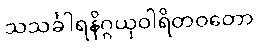
သသင်္ခါရနိဂ္ဂယှဝါရိတဝတော